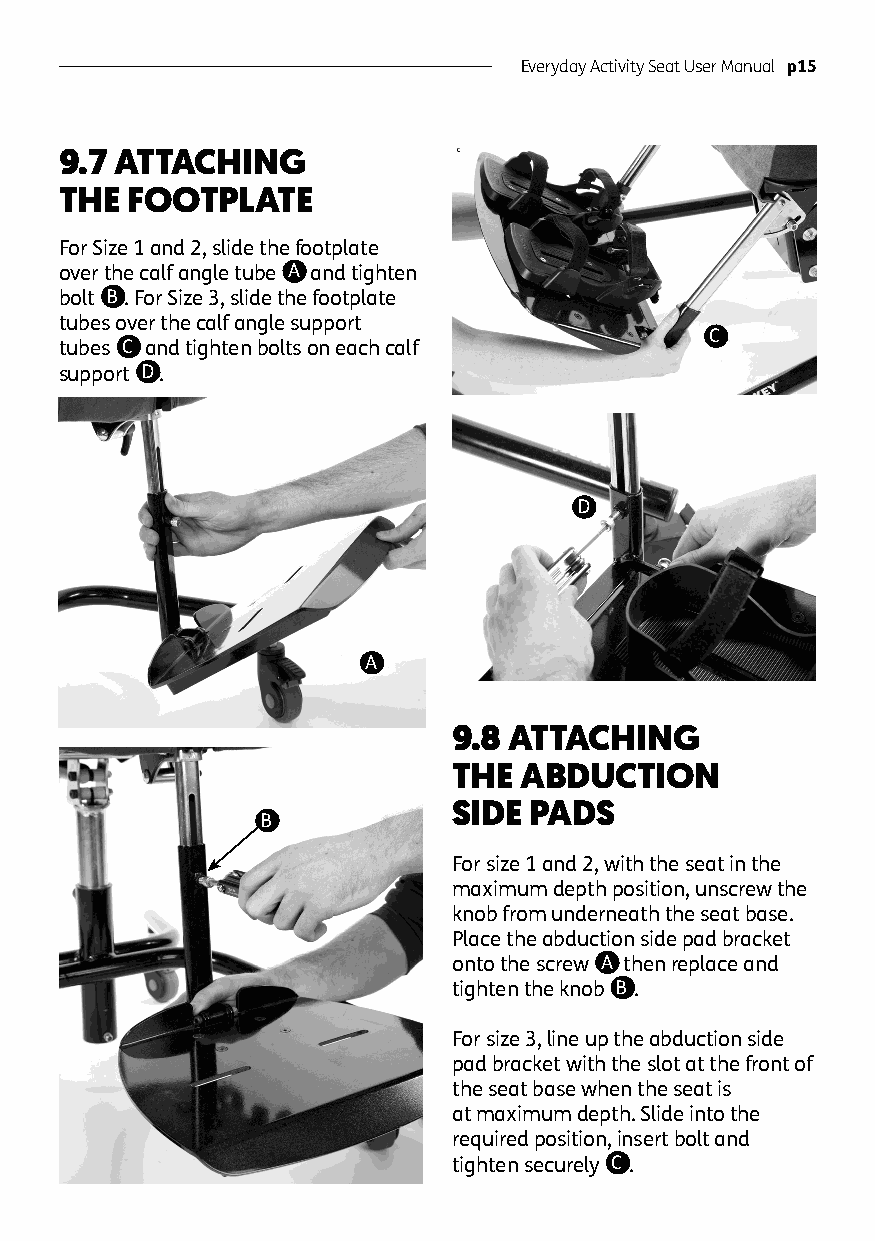
Everyday Activity Seat User Manual p15
 9.7 ATTACHING
 THE FOOTPLATE
 For Size 1 and 2, slide the footplate
 over the calf angle tube A and tighten
 bolt B . For Size 3, slide the footplate
 tubes over the calf angle support
 C
 tubes C and tighten bolts on each calf
 support D .
 D
 A
 9.8 ATTACHING
 THE ABDUCTION
 SIDE PADS
 B
 For size 1 and 2, with the seat in the
 maximum depth position, unscrew the
 knob from underneath the seat base.
 Place the abduction side pad bracket
 onto the screw A then replace and
 tighten the knob B .
 For size 3, line up the abduction side
 pad bracket with the slot at the front of
 the seat base when the seat is
 at maximum depth. Slide into the
 required position, insert bolt and
 tighten securely C .